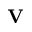
{ \bf V }